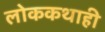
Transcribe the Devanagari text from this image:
लोककथाही